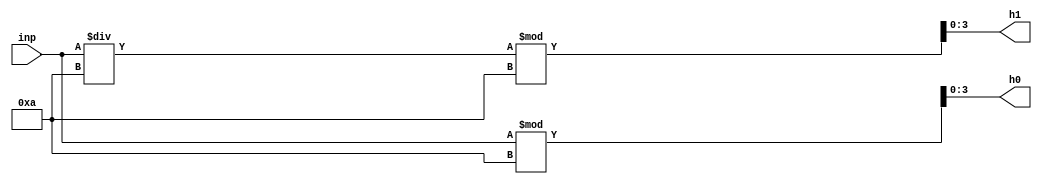
module oct_decode2(inp,h1,h0);

input [6:0]inp;
output [3:0]h1;
output [3:0]h0;

assign h0=inp%10;
assign h1=(inp/10)%10;


endmodule